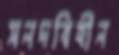
সনদবিহীন